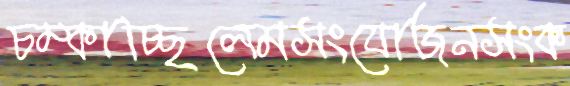
চম্‌কাচ্ছিলেমসংযোজনসংক